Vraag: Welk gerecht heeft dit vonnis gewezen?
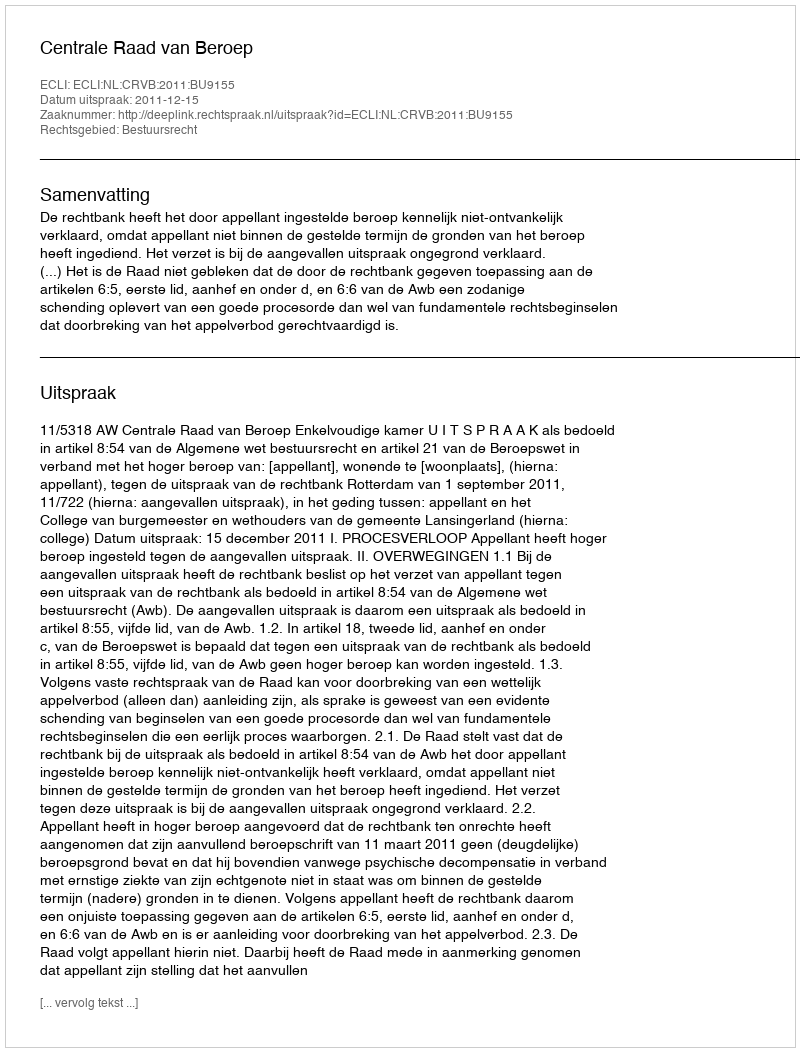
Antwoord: Centrale Raad van Beroep